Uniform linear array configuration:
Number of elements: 64
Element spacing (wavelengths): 0.5
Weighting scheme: hann
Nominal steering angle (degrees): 45
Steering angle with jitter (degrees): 45.533
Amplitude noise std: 0.05
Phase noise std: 0.05

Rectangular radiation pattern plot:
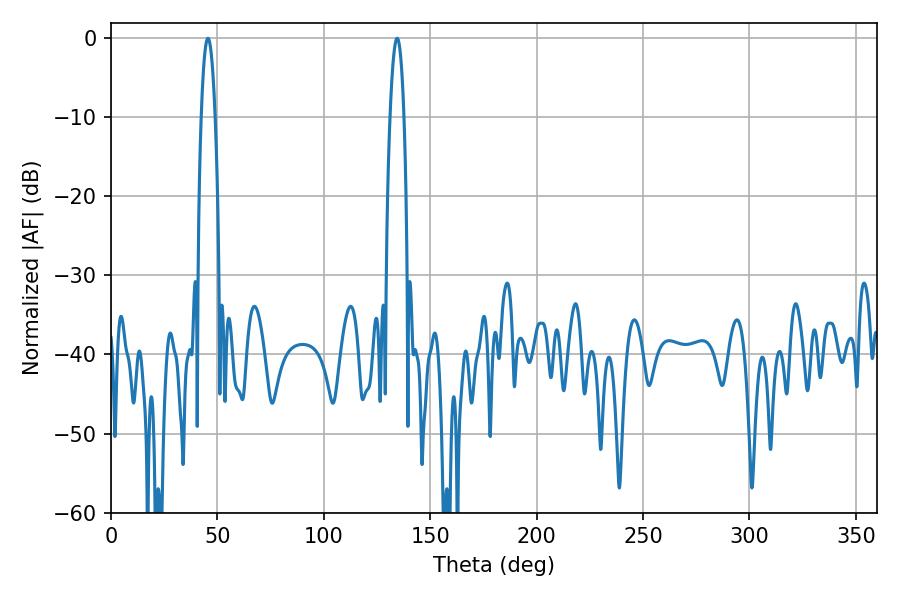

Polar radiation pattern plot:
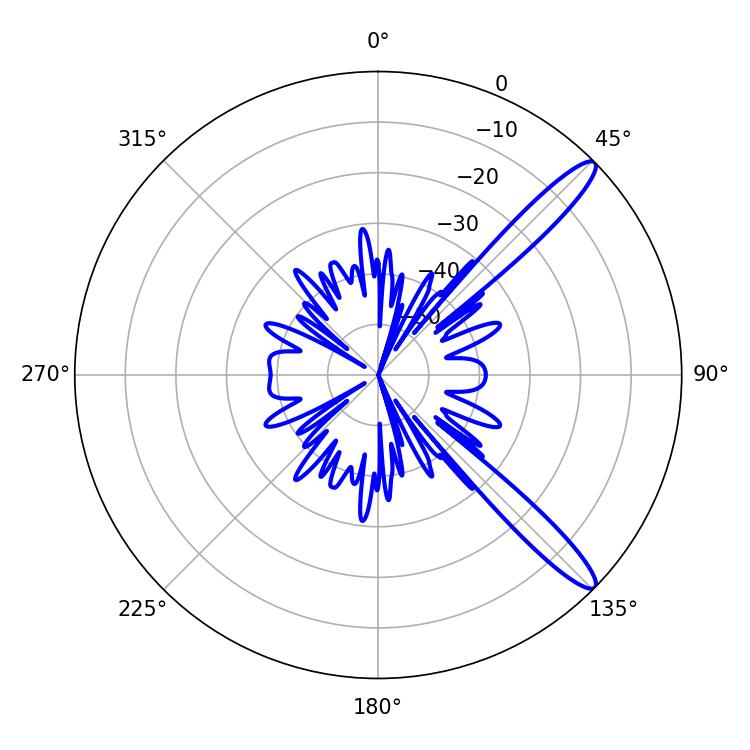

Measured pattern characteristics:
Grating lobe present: FALSE
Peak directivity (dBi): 13.112
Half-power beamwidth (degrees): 3.6
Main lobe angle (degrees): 45.54